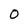
Character: o